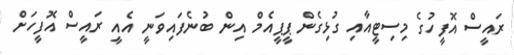
ރައީސް އޮފީހުގެ މިސިޓީއާއި ގުޅިގެން ޕީޕީއެމް އިން ބުނެފައިވަނީ އެއީ ރައީސް އޮފީހަށް